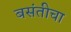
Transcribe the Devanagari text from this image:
बसंतीचा